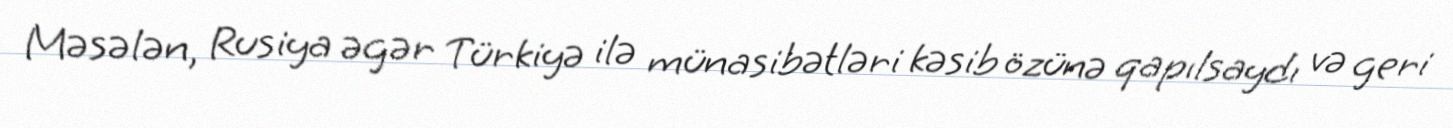
Məsələn, Rusiya əgər Türkiyə ilə münasibətləri kəsib özünə qapılsaydı və geri